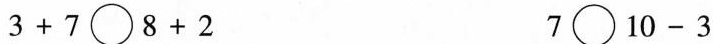
3+7\bigcirc8+2 7\bigcirc10-3